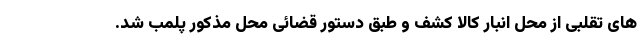
های تقلبی از محل انبار کالا کشف و طبق دستور قضائی محل مذکور پلمب شد.